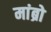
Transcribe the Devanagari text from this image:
मांब्रो